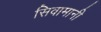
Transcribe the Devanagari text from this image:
सिवामानी